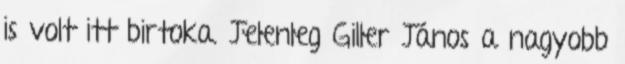
is volt itt birtoka. Jelenleg Giller János a nagyobb